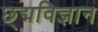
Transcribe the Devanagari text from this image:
छ्द्मविज्ञान